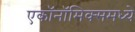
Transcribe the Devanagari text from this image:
एकॉनॉमिक्समध्ये